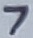
Text: 7